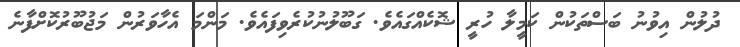
ދުލުން އިވުނު ބަސްތަކުން ކަމީލާ ހުރީ ޝޮކެއްގައެވެ. ގަބޫލުނުކުރެވިފައެވެ. މަންމަ އެހާވަރުން މަޖުބޫރުކޮށްފާނެ